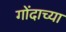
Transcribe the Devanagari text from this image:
गोंदाच्या